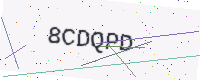
Text: 8CDQPD